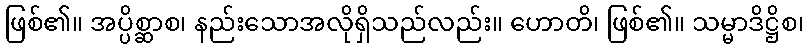
ဖြစ်၏။ အပ္ပိစ္ဆာစ၊ နည်းသောအလိုရှိသည်လည်း။ ဟောတိ၊ ဖြစ်၏။ သမ္မာဒိဋ္ဌိစ၊